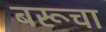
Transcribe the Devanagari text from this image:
बरूचा